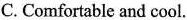
C. Comfortable and cool.